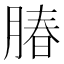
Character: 䐏